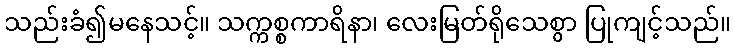
သည်းခံ၍မနေသင့်။ သက္ကစ္စကာရိနာ၊ လေးမြတ်ရိုသေစွာ ပြုကျင့်သည်။